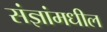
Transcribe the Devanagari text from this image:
संज्ञांमधील